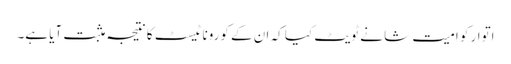
اتوار کو امیت شا نے ٹویٹ کیا کہ ان کے کورونا ٹیسٹ کا نتیجہ مثبت آیا ہے۔